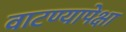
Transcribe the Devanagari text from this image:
वाटण्यापेक्षा